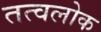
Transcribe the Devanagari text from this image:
तत्वलोक